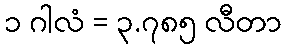
၁ ဂါလံ = ၃.၇၈၅ လီတာ